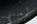
أرعبتني